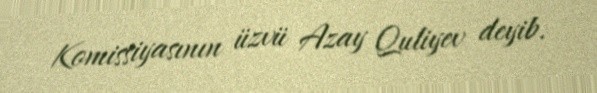
Komissiyasının üzvü Azay Quliyev deyib.